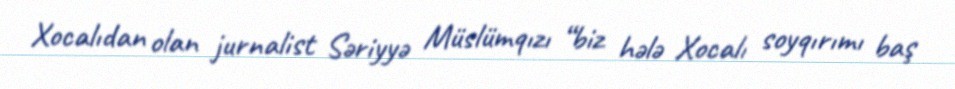
Xocalıdan olan jurnalist Səriyyə Müslümqızı “biz hələ Xocalı soyqırımı baş